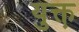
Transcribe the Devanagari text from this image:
युक्त़